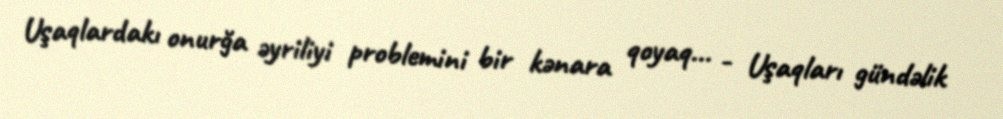
Uşaqlardakı onurğa əyriliyi problemini bir kənara qoyaq... - Uşaqları gündəlik